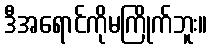
ဒီအရောင်ကိုမကြိုက်ဘူး။